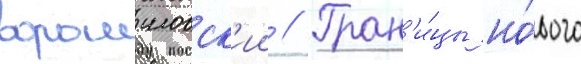
ворошиловск'ии // Гран'и́цы но́вого